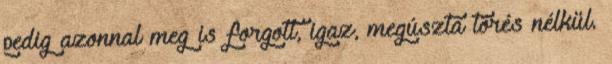
pedig azonnal meg is forgott, igaz, megúszta törés nélkül.